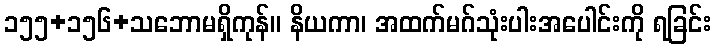
၁၅၅+၁၅၆+သဘောမရှိကုန်။ နိယကာ၊ အထက်မဂ်သုံးပါးအပေါင်းကို ရခြင်း